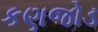
કણજોડ